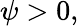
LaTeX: \psi>0,